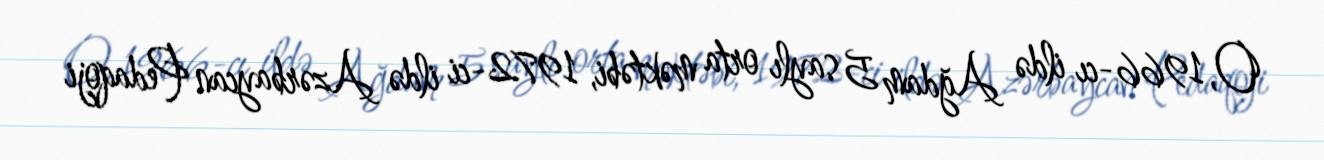
O, 1966-cı ildə Ağdam 5 saylı orta məktəbi, 1972-ci ildə Azərbaycan Pedaqoji